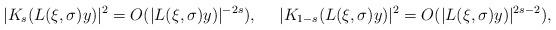
LaTeX: \begin{align*}|K_s( L(\xi, \sigma)y)|^2 = O(|L(\xi, \sigma)y)|^{-2s}),\ \ \ \ |K_{1-s}( L(\xi, \sigma)y)|^2 = O(|L(\xi, \sigma)y)|^{2s-2}),\end{align*}